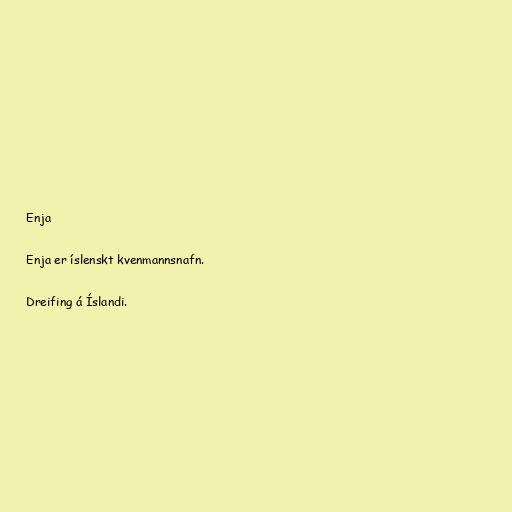
Enja

Enja er íslenskt kvenmannsnafn.

Dreifing á Íslandi.